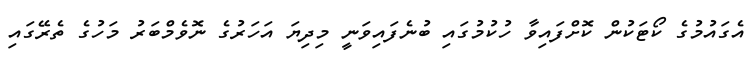
އެގައުމުގެ ކޯޓަކުން ކޮށްފައިވާ ހުކުމުގައި ބުނެފައިވަނީ މިދިޔަ އަހަރުގެ ނޮވެމްބަރު މަހުގެ ތެރޭގައި